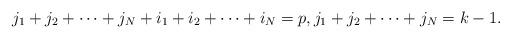
LaTeX: \begin{align*}j_{1}+j_{2}+\dots+j_{N}+i_{1}+i_{2}+\dots+i_{N}=p ,j_{1}+j_{2}+\dots+j_{N}=k-1.\end{align*}